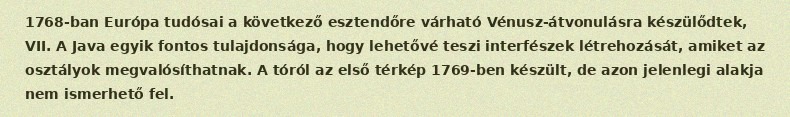
1768-ban Európa tudósai a következő esztendőre várható Vénusz-átvonulásra készülődtek, VII. A Java egyik fontos tulajdonsága, hogy lehetővé teszi interfészek létrehozását, amiket az osztályok megvalósíthatnak. A tóról az első térkép 1769-ben készült, de azon jelenlegi alakja nem ismerhető fel.